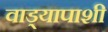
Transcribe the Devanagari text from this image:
वाड्यापाशी